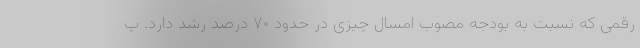
رقمی که نسبت به بودجه مصوب امسال چیزی در حدود ۷۰ درصد رشد دارد. پ